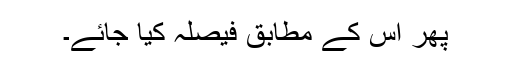
پھر اس کے مطابق فیصلہ کیا جائے۔